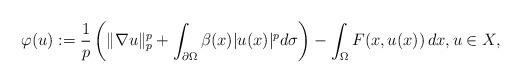
LaTeX: \begin{align*}\varphi(u):=\frac{1}{p}\left(\Vert\nabla u\Vert_p^p+\int_{\partial\Omega}\beta(x)|u(x)|^pd\sigma\right)-\int_\Omega F(x,u(x))\, dx,u\in X,\end{align*}